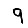
Digit: 9